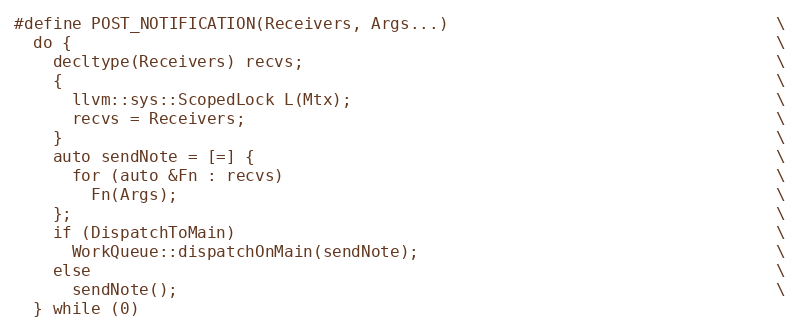
Language: C++
#define POST_NOTIFICATION(Receivers, Args...)                                  \
  do {                                                                         \
    decltype(Receivers) recvs;                                                 \
    {                                                                          \
      llvm::sys::ScopedLock L(Mtx);                                            \
      recvs = Receivers;                                                       \
    }                                                                          \
    auto sendNote = [=] {                                                      \
      for (auto &Fn : recvs)                                                   \
        Fn(Args);                                                              \
    };                                                                         \
    if (DispatchToMain)                                                        \
      WorkQueue::dispatchOnMain(sendNote);                                     \
    else                                                                       \
      sendNote();                                                              \
  } while (0)